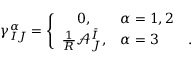
\gamma _ { I J } ^ { \alpha } = \left\{ \begin{array} { c l l } { 0 , } & { \alpha = 1 , 2 } & { } \\ { \frac { 1 } { R } \mathcal { A } _ { J } ^ { \bar { I } } , } & { \alpha = 3 } & { . } \end{array} \right.